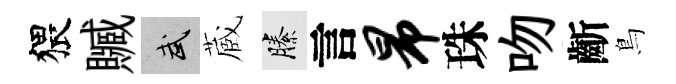
猥贓武蔵縢言昂珠吻齗鳥